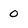
Character: 0